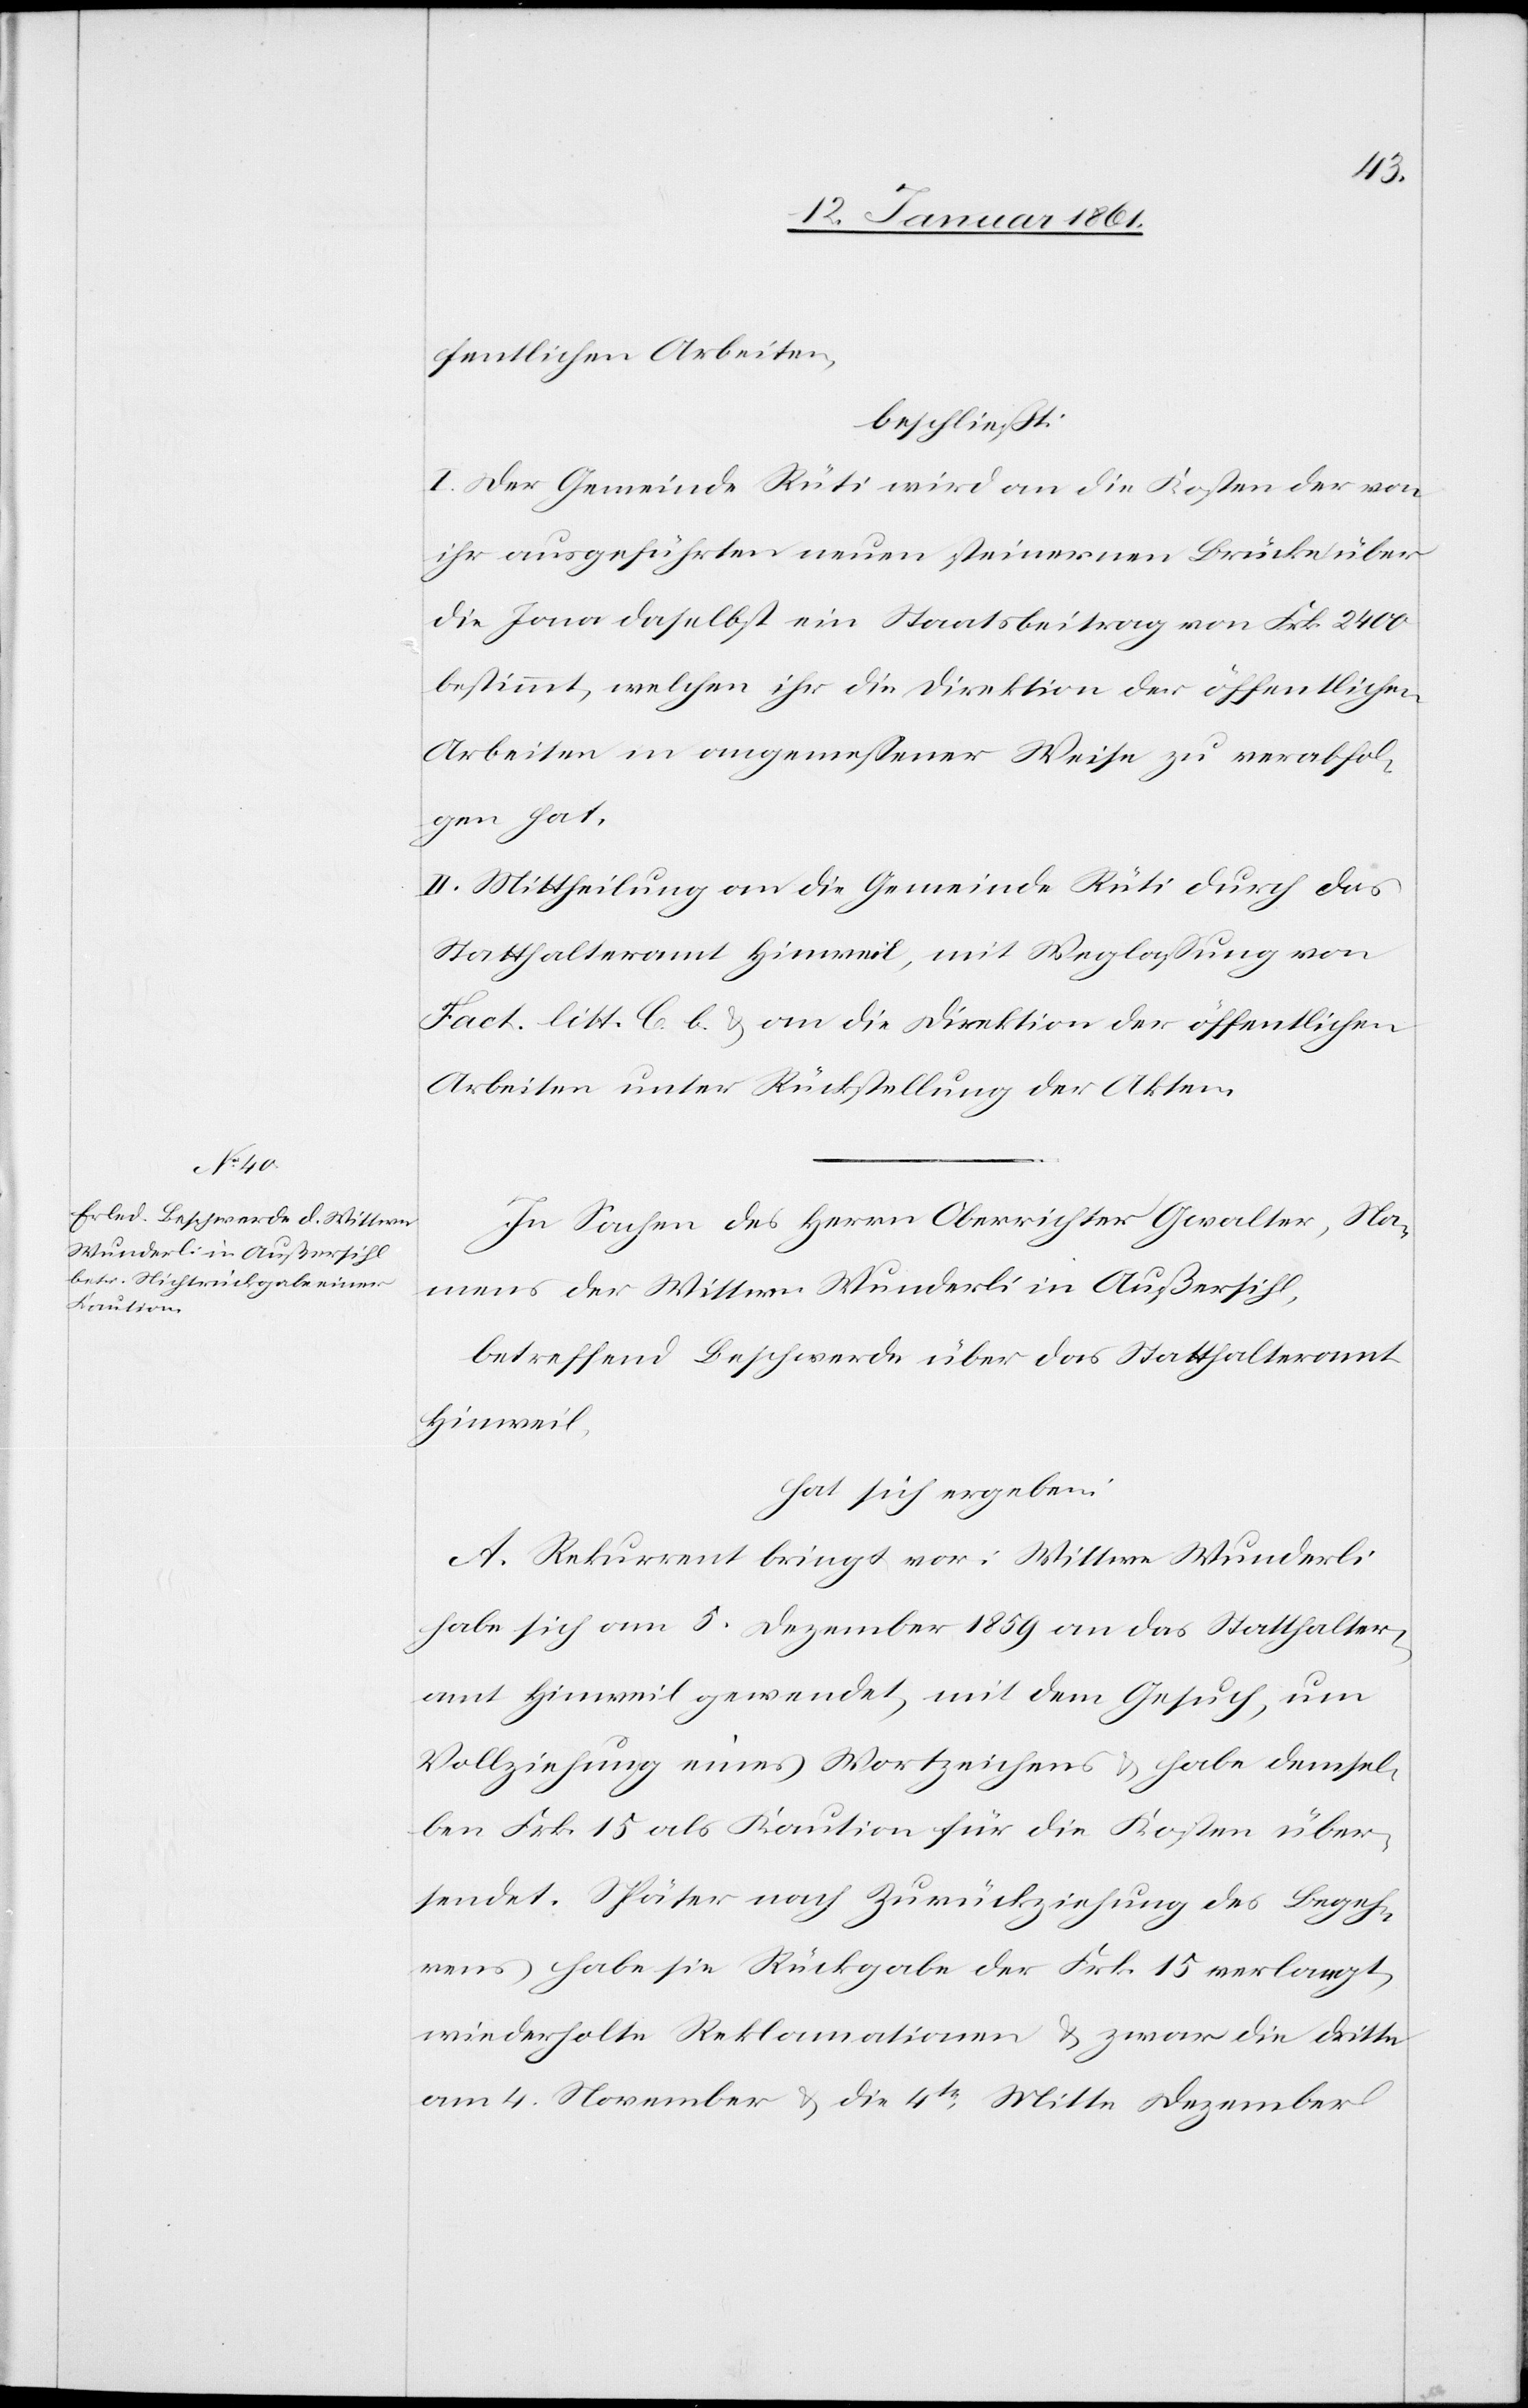
fentlichen Arbeiten,
beschließt:
I. Der Gemeinde Rüti wird an die Kosten der von
ihr ausgeführten neuen steinernen Brücke über
die Jona daselbst ein Staatsbeitrag von Frk. 2400
bestimmt, welchen ihr die Direktion der öffentlichen
Arbeiten in angemessener Weise zu verabfol¬
gen hat.
II. Mittheilung an die Gemeinde Rüti durch das
Statthalteramt Hinweil, mit Weglassung von
Fact. litt C. b u. an die Direktion der öffentlichen
Arbeiten unter Rückstellung der Akten.
In Sachen des Herrn Oberrichters Gwalter, Na¬
mens der Wittwe Wunderli in Außersihl,
betreffend Beschwerde über das Statthalteramt
Hinweil,
hat sich ergeben:
A. Rekurrent bringt vor: Wittwe Wunderli
habe sich am 5. Dezember 1859 an das Statthalter¬
amt Hinweil gewendet, mit dem Gesuch, um
Vollziehung eines Wortzeichens u. habe demsel¬
ben Frk. 15 als Kaution für die Kosten über¬
sendet. Später nach Zurückziehung des Begeh¬
rens habe sie Rückgabe der Frk. 15 verlangt,
wiederholte Reklamationen u. zwar die dritte
am 4. November u. die 4te Mitte Dezember